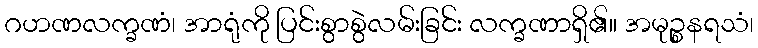
ဂဟဏလက္ခဏံ၊ အာရုံကို ပြင်းစွာစွဲလမ်းခြင်း လက္ခဏာရှိ၏။ အမုဉ္စနရသံ၊